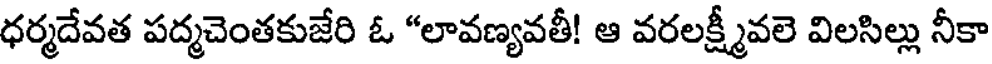
ధర్మదేవత పద్మచెంతకుజేరి ఓ "లావణ్యవతీ! ఆ వరలక్ష్మీవలె విలసిల్లు నీకా